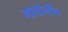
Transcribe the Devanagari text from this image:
नावांनीच